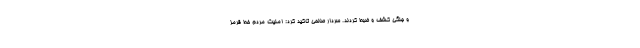
و جنگی کشف و ضبط کردند. سردار صالحی تاکید کرد: امنیت مردم خط قرمز